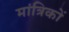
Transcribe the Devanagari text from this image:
मांत्रिकों